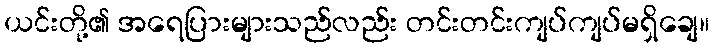
ယင်းတို့၏ အရေပြားများသည်လည်း တင်းတင်းကျပ်ကျပ်မရှိချေ။